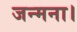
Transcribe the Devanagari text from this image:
जन्मना।